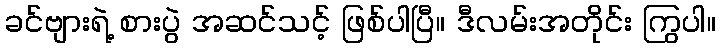
ခင်ဗျားရဲ့ စားပွဲ အဆင်သင့် ဖြစ်ပါပြီ။ ဒီလမ်းအတိုင်း ကြွပါ။